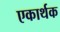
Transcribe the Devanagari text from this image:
एकार्थक